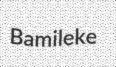
Bamileke